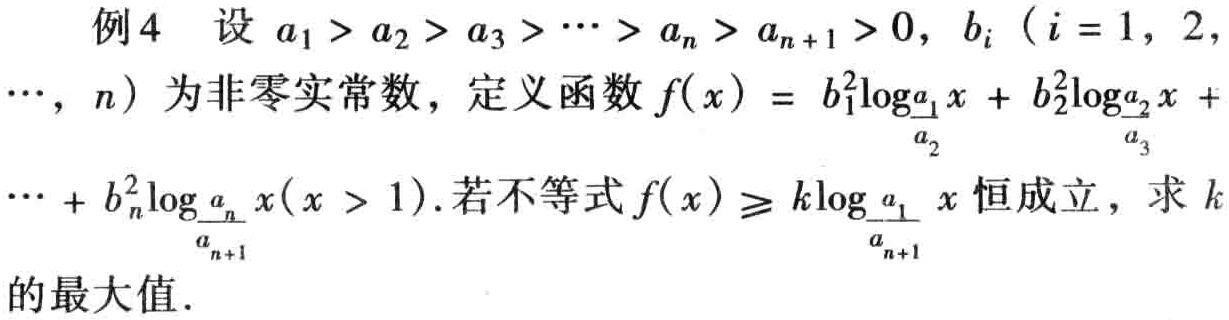
例4 设 \(a_{1}>a_{2}>a_{3}>\cdots >a_{n}>a_{n + 1}>0\)，\(b_{i}\)（\(i = 1,2,\cdots,n\)）为非零实常数，定义函数\(f(x)=b_{1}^{2}\log_{\frac{a_{1}}{a_{2}}}x + b_{2}^{2}\log_{\frac{a_{2}}{a_{3}}}x+\cdots + b_{n}^{2}\log_{\frac{a_{n}}{a_{n + 1}}}x(x > 1)\)。若不等式\(f(x)\geqslant k\log_{\frac{a_{1}}{a_{n + 1}}}x\)恒成立，求 \(k\)的最大值。